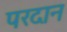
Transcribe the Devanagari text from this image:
परदान